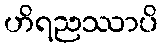
ဟိရညဿာပိ